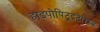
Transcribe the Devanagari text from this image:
हाइपोपिटूइटेरिस्म